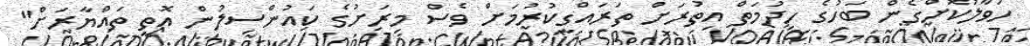
ހަވާލުކޮށްގެން ބަހުގެ ހިދުމަތް އިތުރަށް ތަރައްގީކުރުމަށް ވެސް މިރަށުގެ ކައުންސިލުން އޮތީ ތައްޔާރަށް"